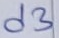
Text: d3